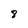
Character: 8